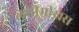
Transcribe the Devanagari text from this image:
लेसीमीख़स